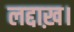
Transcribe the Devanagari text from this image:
लद्दाख़।